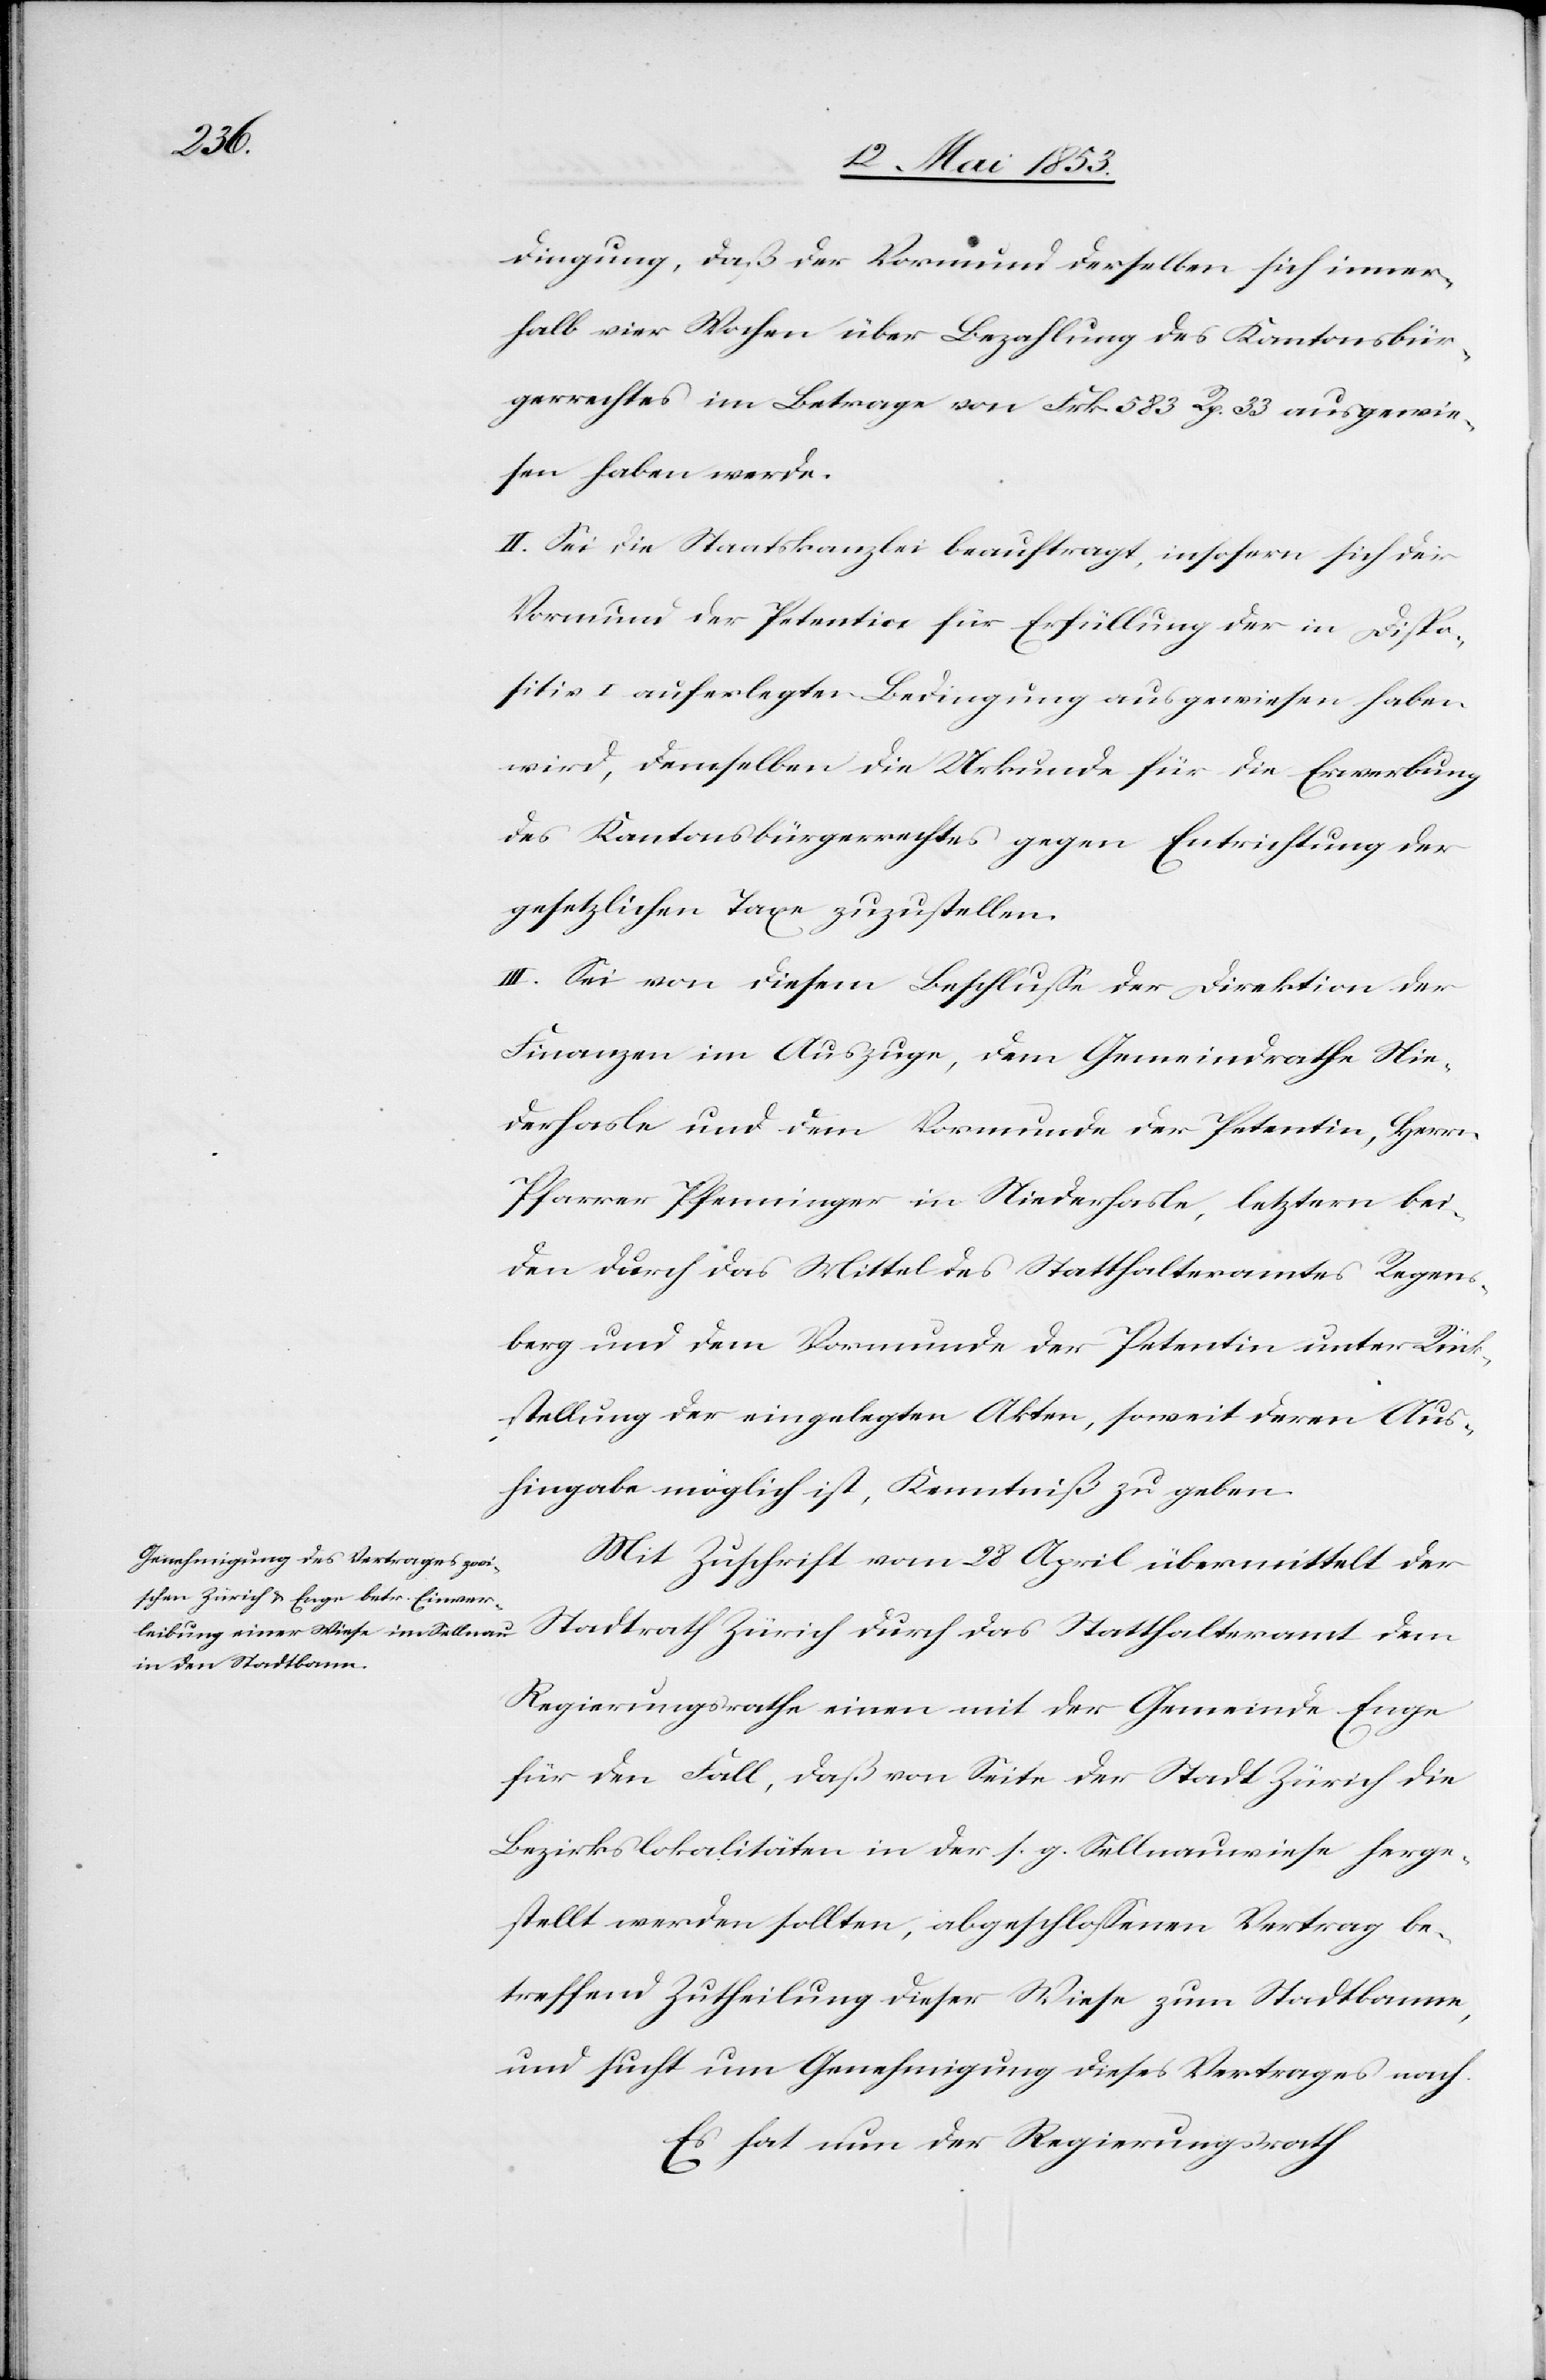
dingung, daß der Vormund derselben sich inner¬
halb vier Wochen über Beilegung des Kantonsbür¬
gerrechtes im Betrage von Frk. 583 Rp 33 ausgewie¬
sen haben werde.
II. Sei die Staatskanzlei beauftragt, insofern sich der
Vormund der Petentin für Erfüllung der in Dispo¬
sitiv I auferlegten Bedingung ausgewiesen haben
wird, demselben die Urkunde für die Erwerbung
des Kantonsbürgerrechtes gegen Entrichtung der
gesetzlichen Taxe zuzustellen.
III. Sei von diesem Beschluße der Direktion der
Finanzen im Auszuge, dem Gemeindrathe Nie¬
derhasle und dem Vormunde der Petentin, Herrn
Pfarrer Pfenninger in Niederhasle, letztern bei¬
den durch das Mittel des Statthalteramtes Regens¬
berg und dem Vormunde der Petentin unter Rück¬
stellung der eingelegten Akten, soweit deren Aus¬
hingabe möglich ist, Kenntniß zu geben.
Mit Zuschrift vom 28 April übermittelt der
Stadtrath Zürich durch das Statthalteramt dem
Regierungsrathe einen mit der Gemeinde Enge
für den Fall, daß von Seite der Stadt Zürich die
Bezirkslokalitäten in der s. g. Sellnauwiese herge¬
stellt werden sollten, abgeschloßenen Vertrag be¬
treffend Zutheilung dieser Wiese zum Stadtbanne,
und sucht um Genehmigung dieses Vertrages nach.
Es hat nun der Regierungsrath